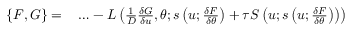
\begin{array} { r l } { \{ F , G \} = } & { { } \ldots - L \left( \frac { 1 } { D } \frac { \delta G } { \delta u } , \theta ; s \left( u ; \frac { \delta F } { \delta \theta } \right) + \tau S \left( u ; s \left( u ; \frac { \delta F } { \delta \theta } \right) \right) \right) } \end{array}